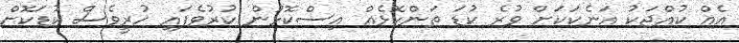
އެއް ކުއްޖަކު އަނެކަކަށް ވުރެ ކުޑަ ތަންކޮޅެއް އިސްކޮޅުން ކުރުވެފައި ހުރީވެސް ކުޑަކޮށް